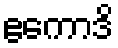
ဧကောဒိ